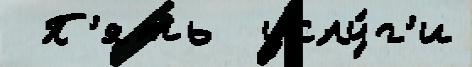
 П'ять  услу́г'и